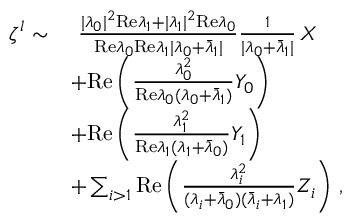
\begin{array} { r l } { \zeta ^ { l } \sim } & { ~ \frac { \vert \lambda _ { 0 } \vert ^ { 2 } \mathrm { R e } \lambda _ { 1 } + \vert \lambda _ { 1 } \vert ^ { 2 } \mathrm { R e } \lambda _ { 0 } } { \mathrm { R e } \lambda _ { 0 } \mathrm { R e } \lambda _ { 1 } \vert \lambda _ { 0 } + \bar { \lambda } _ { 1 } \vert } \frac { 1 } { \vert \lambda _ { 0 } + \bar { \lambda } _ { 1 } \vert } \, X } \\ & { + \mathrm { R e } \left( \frac { \lambda _ { 0 } ^ { 2 } } { \mathrm { R e } \lambda _ { 0 } ( \lambda _ { 0 } + \bar { \lambda } _ { 1 } ) } Y _ { 0 } \right) } \\ & { + \mathrm { R e } \left( \frac { \lambda _ { 1 } ^ { 2 } } { \mathrm { R e } \lambda _ { 1 } ( \lambda _ { 1 } + \bar { \lambda } _ { 0 } ) } Y _ { 1 } \right) } \\ & { + \sum _ { i > 1 } \mathrm { R e } \left( \frac { \lambda _ { i } ^ { 2 } } { ( \lambda _ { i } + \bar { \lambda } _ { 0 } ) ( \bar { \lambda } _ { i } + \lambda _ { 1 } ) } Z _ { i } \right) \, , } \end{array}